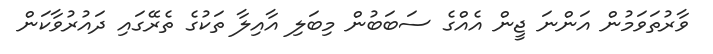
ވާރުތަވަމުން އަންނަ ޖީން އެއްގެ ސަބަބުން މިބަލި އާއިލާ ތަކުގެ ތެރޭގައި ދައުރުވާކަން